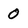
Character: 0